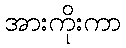
အားကိုးကာ